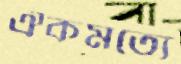
ঐকমত্যে